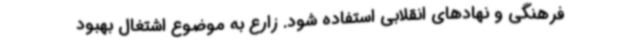
فرهنگی و نهادهای انقلابی استفاده شود. زارع به موضوع اشتغال بهبود